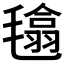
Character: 𣯾